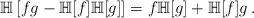
\begin{align*}\mathbb H\left[fg-\mathbb H[f]\mathbb H[g]\right]=f\mathbb H[g]+\mathbb H[f]g\,.\end{align*}